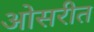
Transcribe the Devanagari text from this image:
ओसरीत